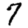
Digit: 7